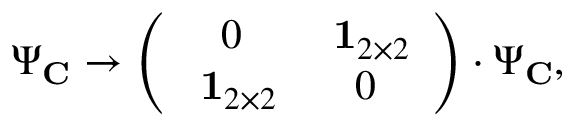
\Psi _ { \bf C } \rightarrow \left( \begin{array} { c c } { { 0 } } & { { \mathrm { { \bf ~ 1 } } _ { 2 \times 2 } } } \\ { { \mathrm { { \bf ~ 1 } } _ { 2 \times 2 } } } & { { 0 } } \end{array} \right) \cdot \Psi _ { \bf C } ,